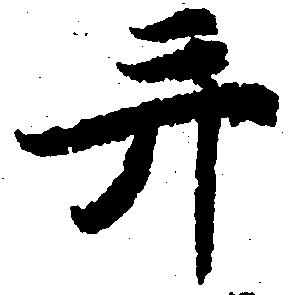
并